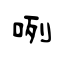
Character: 咧